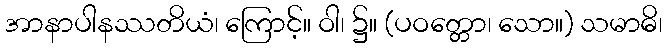
အာနာပါနဿတိယံ၊ ကြောင့်။ ဝါ၊ ၌။ (ပဝတ္တော၊ သော။) သမာဓိ၊